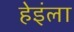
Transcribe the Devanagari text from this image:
हेइंला